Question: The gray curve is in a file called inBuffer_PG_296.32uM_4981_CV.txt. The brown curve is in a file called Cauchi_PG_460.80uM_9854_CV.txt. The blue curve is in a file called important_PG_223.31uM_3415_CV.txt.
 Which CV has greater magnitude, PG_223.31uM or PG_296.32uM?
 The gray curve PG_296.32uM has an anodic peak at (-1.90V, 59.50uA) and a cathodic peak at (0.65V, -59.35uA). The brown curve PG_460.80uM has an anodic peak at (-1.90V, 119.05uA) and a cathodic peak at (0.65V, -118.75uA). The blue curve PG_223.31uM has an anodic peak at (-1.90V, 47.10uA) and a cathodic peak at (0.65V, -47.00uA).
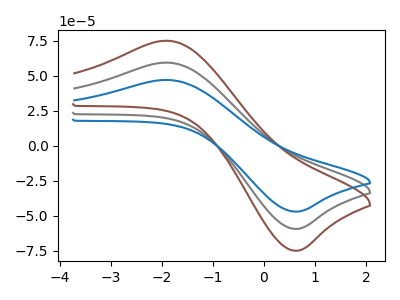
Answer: <think>All the peaks in "PG_223.31uM" have a peak in "PG_296.32uM" at the same potential. Every peak in "PG_223.31uM" is lower than every peak in "PG_296.32uM".
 </think>
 <answer>"PG_223.31uM" has less signal than "PG_296.32uM".</answer>
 <eval>less_signal</eval>